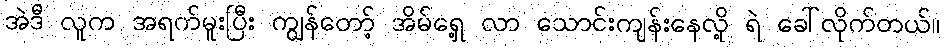
အဲဒီ လူက အရက်မူးပြီး ကျွန်တော့် အိမ်ရှေ့ လာ သောင်းကျန်းနေလို့ ရဲ ခေါ်လိုက်တယ်။